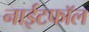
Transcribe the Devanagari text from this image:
नाईटफाॅल